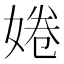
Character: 婘